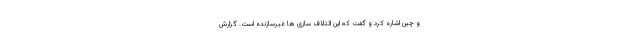
و چین اشاره کرد و گفت که این ائتلاف سازی ها غیرسازنده است. گزارش